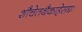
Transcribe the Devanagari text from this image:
शौचेतथैकाहेसद्यः